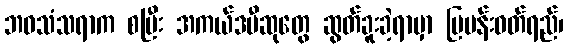
ဘဝသံသရာက စပြီး အကယ်ဒမီဆုတွေ ဆွတ်ခူးခဲ့ရာမှာ မြပန်းဝတ်ရည်၊